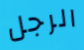
الرجل